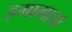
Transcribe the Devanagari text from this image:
इमामाचा